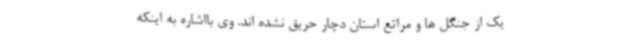
یک از جنگل ها و مراتع استان دچار حریق نشده اند. وی بااشاره به اینکه